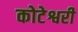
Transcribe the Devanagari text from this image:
कोटेश्वरी